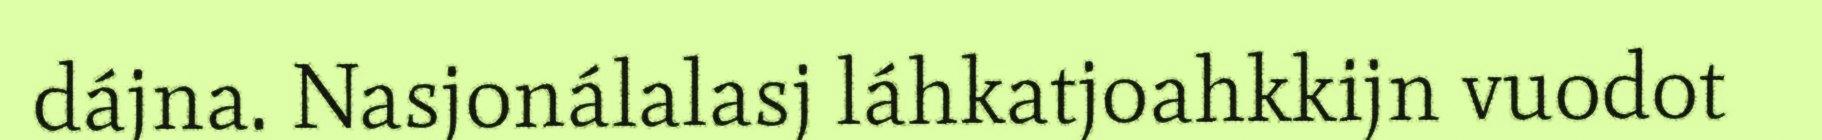
dájna. Nasjonálalasj láhkatjoahkkijn vuodot